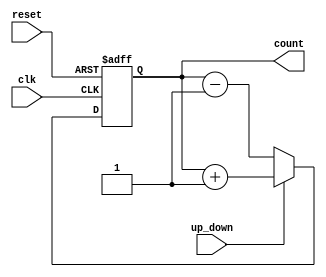
module UpDownCounter (
    input wire clk,          // Clock input
    input wire reset,        // Asynchronous reset input
    input wire up_down,      // Control signal for counting direction (1 for up, 0 for down)
    output reg [3:0] count   // 4-bit counter output
);

    // Initialize the counter
    always @(posedge clk or posedge reset) begin
        if (reset) begin
            count <= 4'b0000; // Reset counter to 0
        end else begin
            if (up_down) begin
                count <= count + 1; // Count up
            end else begin
                count <= count - 1; // Count down
            end
        end
    end

endmodule